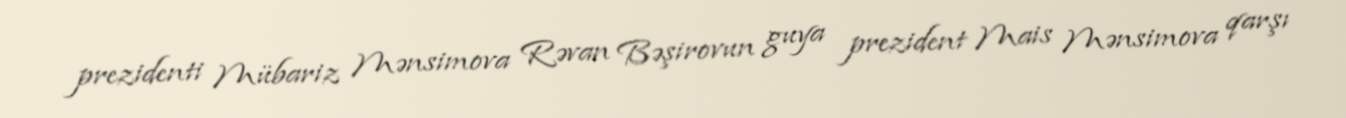
prezidenti Mübariz Mənsimova Rəvan Bəşirovun guya prezident Mais Mənsimova qarşı